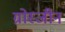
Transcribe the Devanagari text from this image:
ग्रोस्जीन